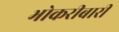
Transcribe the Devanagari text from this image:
भोकरीबारी